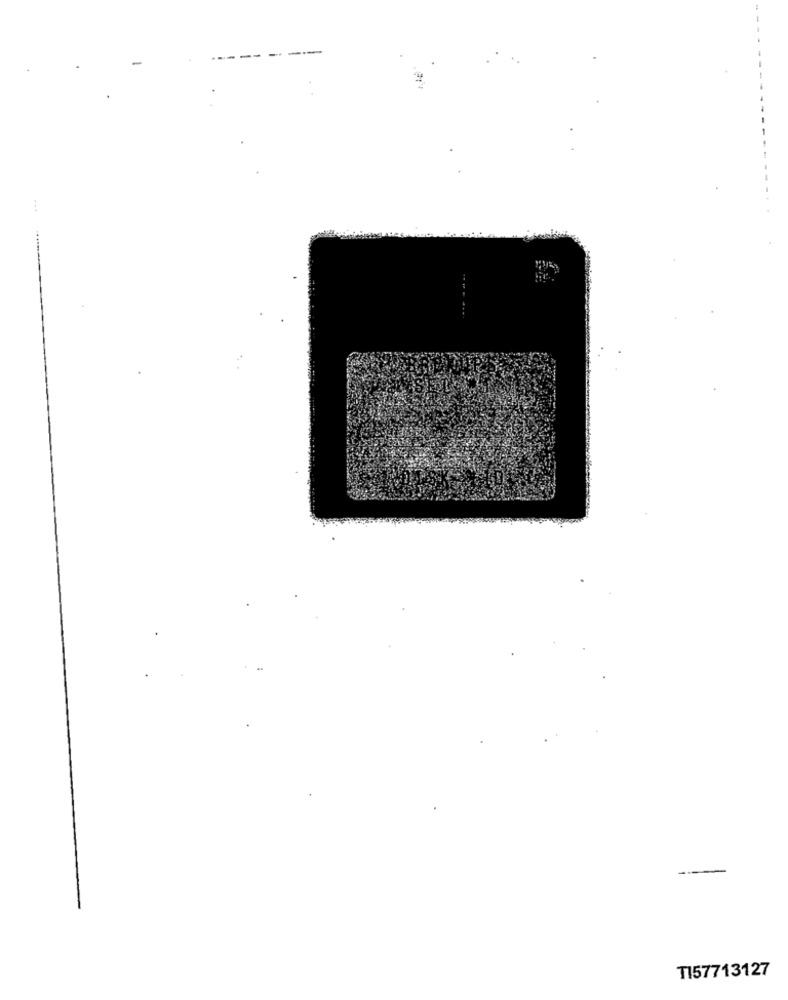
TI57713127